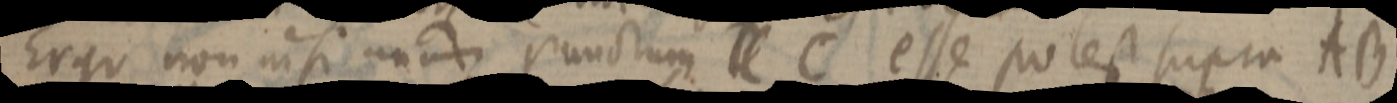
Ergo non nisi unum punctum _ C esse potest supra AB